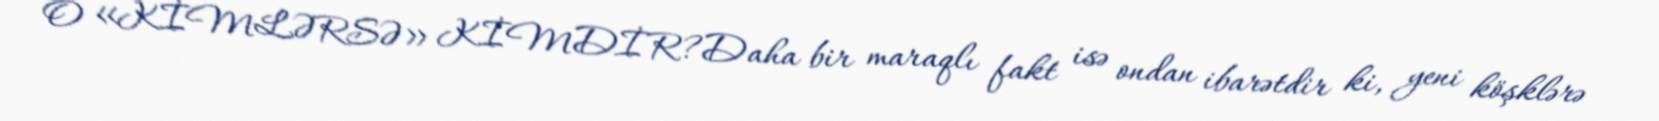
O «KİMLƏRSƏ» KİMDİR?Daha bir maraqlı fakt isə ondan ibarətdir ki, yeni köşklərə